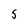
Character: S